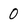
Character: 0